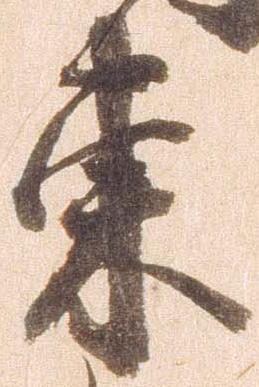
東